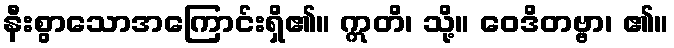
နီးစွာသောအကြောင်းရှိ၏။ ဣတိ၊ သို့။ ဝေဒိတဗ္ဗာ၊ ၏။